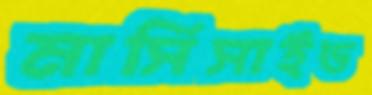
মার্সিসাইড